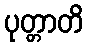
ပုတ္တာတိ